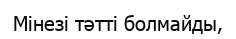
Мінезі тәтті болмайды,